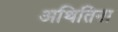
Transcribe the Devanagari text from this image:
अथितिना